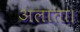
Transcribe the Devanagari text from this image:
अलाता।